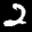
Label: 2